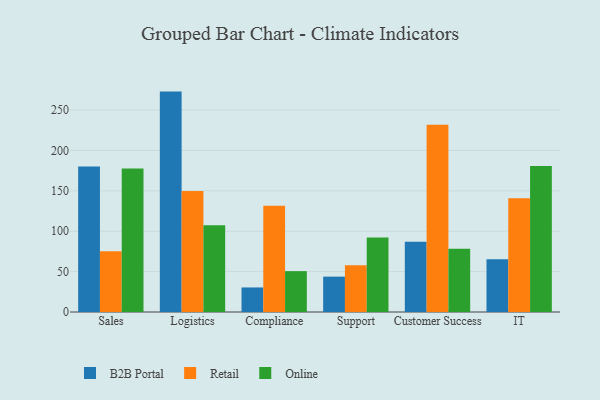
{"axis": {"x": "Department", "y": "Market Share (%)"}, "legend": ["B2B Portal", "Online", "Retail"], "data": [{"x": "Sales", "y": 180.3, "type": "B2B Portal"}, {"x": "Sales", "y": 75.3, "type": "Retail"}, {"x": "Sales", "y": 177.6, "type": "Online"}, {"x": "Logistics", "y": 272.9, "type": "B2B Portal"}, {"x": "Logistics", "y": 149.8, "type": "Retail"}, {"x": "Logistics", "y": 107.3, "type": "Online"}, {"x": "Compliance", "y": 30.4, "type": "B2B Portal"}, {"x": "Compliance", "y": 131.7, "type": "Retail"}, {"x": "Compliance", "y": 50.6, "type": "Online"}, {"x": "Support", "y": 43.8, "type": "B2B Portal"}, {"x": "Support", "y": 58.0, "type": "Retail"}, {"x": "Support", "y": 92.1, "type": "Online"}, {"x": "Customer Success", "y": 86.9, "type": "B2B Portal"}, {"x": "Customer Success", "y": 231.9, "type": "Retail"}, {"x": "Customer Success", "y": 78.4, "type": "Online"}, {"x": "IT", "y": 65.3, "type": "B2B Portal"}, {"x": "IT", "y": 140.7, "type": "Retail"}, {"x": "IT", "y": 180.7, "type": "Online"}]}